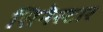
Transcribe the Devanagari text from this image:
सिनेस्टार